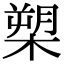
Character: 槊